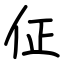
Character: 佂